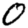
Digit: 0